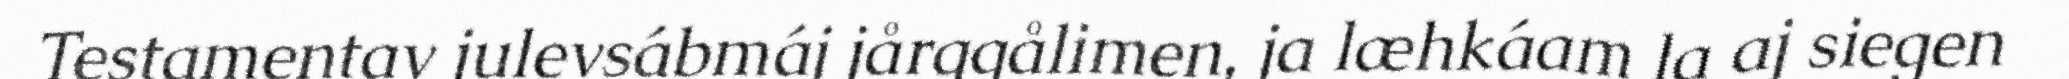
Testamentav julevsábmáj jårggålimen, ja læhkáam la aj siegen